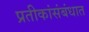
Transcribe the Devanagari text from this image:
प्रतीकांसंबंधात